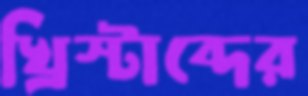
খ্রিস্টাব্দের